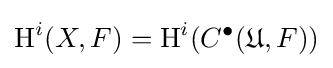
\operatorname {H} ^{i}(X,F)=\operatorname {H} ^{i}(C^{\bullet }({\mathfrak {U}},F))